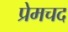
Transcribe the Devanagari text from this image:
प्रेमचद